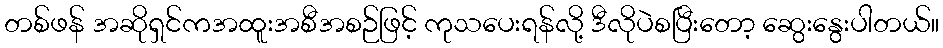
တစ်ဖန် အဆိုရှင်ကအထူးအစီအစဉ်ဖြင့် ကုသပေးရန်လို့ ဒီလိုပဲစပြီးတော့ ဆွေးနွေးပါတယ်။